Vaccination in Bombay 1869-1873 - 1869-1873
Year: 1869
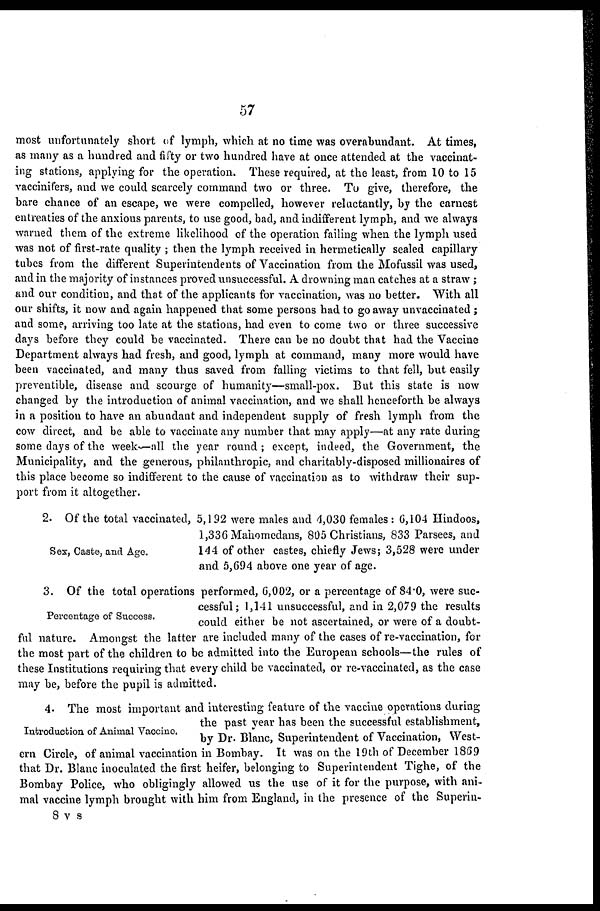
57
most unfortunately short of lymph, which at no time was overabundant. At times,
as many as a hundred and fifty or two hundred have at once attended at the vaccinat-
ing stations, applying for the operation. These required, at the least, from 10 to 15
vaccinifers, and we could scarcely command two or three. To give, therefore, the
bare chance of an escape, we were compelled, however reluctantly, by the earnest
entreaties of the anxious parents, to use good, bad, and indifferent lymph, and we always
warned them of the extreme likelihood of the operation failing when the lymph used
was not of first-rate quality ; then the lymph received in hermetically sealed capillary
tubes from the different Superintendents of Vaccination from the Mofussil was used,
and in the majority of instances proved unsuccessful. A drowning man catches at a straw ;
and our condition, and that of the applicants for vaccination, was no better. With all
our shifts, it now and again happened that some persons had to go away unvaccinated ;
and some, arriving too late at the stations, had even to come two or three successive
days before they could be vaccinated. There can be no doubt that had the Vaccine
Department always had fresh, and good, lymph at command, many more would have
been vaccinated, and many thus saved from falling victims to that fell, but easily
preventible, disease and scourge of humanity—small-pox. But this state is now
changed by the introduction of animal vaccination, and we shall henceforth be always
in a position to have an abundant and independent supply of fresh lymph from the
cow direct, and be able to vaccinate any number that may apply—at any rate during
some days of the week-all the year round; except, indeed, the Government, the
Municipality, and the generous, philanthropic, and charitably-disposed millionaires of
this place become so indifferent to the cause of vaccination as to withdraw their sup-
port from it altogether.
Sex, Caste, and Age.
2. Of the total vaccinated, 5,192 were males and 4,030 females : 6,104 Hindoos,
1,336 Mahomedans, 805 Christians, 833 Parsees, and
144 of other castes, chiefly Jews; 3,528 were under
and 5,694 above one year of age.
Percentage of Success.
3. Of the total operations performed, 6,002, or a percentage of 84.0, were suc-
cessful; 1,141 unsuccessful, and in 2,079 the results
could either be not ascertained, or were of a doubt-
ful nature. Amongst the latter are included many of the cases of re-vaccination, for
the most part of the children to be admitted into the European schools—the rules of
these Institutions requiring that every child be vaccinated, or re-vaccinated, as the case
may be, before the pupil is admitted.
Introduction of Animal Vaccine.
4.- The most important and interesting feature of the vaccine operations during
the past year has been the successful establishment,
by Dr. Blane, Superintendent of Vaccination, West-
ern Circle, of animal vaccination in Bombay. It was on the 19th of December 1869
that Dr. Blanc inoculated the first heifer, belonging to Superintendent Tighe, of the
Bombay Police, who obligingly allowed us the use of it for the purpose, with ani-
mal vaccine lymph brought with him from England, in the presence of the Superin-
8 v s